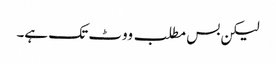
لیکن بس مطلب ووٹ تک ہے۔